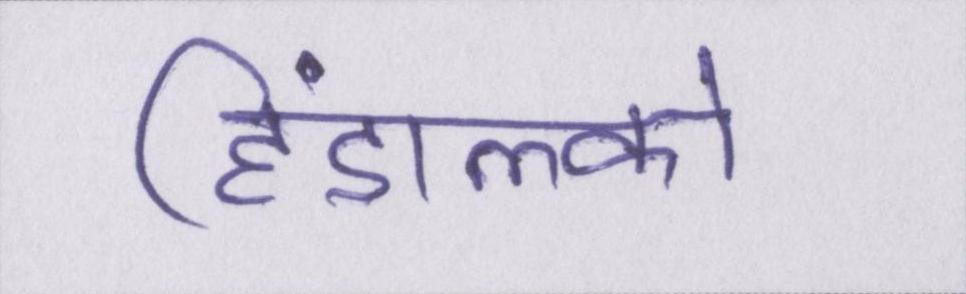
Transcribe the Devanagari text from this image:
हिंडाल्को